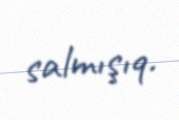
salmışıq.